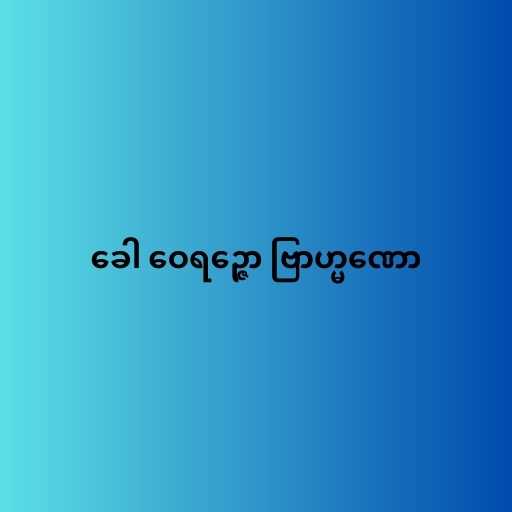
ခေါ ဝေရဉ္ဇော ဗြာဟ္မဏော